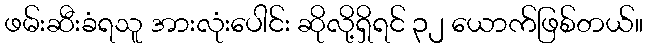
ဖမ်းဆီးခံရသူ အားလုံးပေါင်း ဆိုလို့ရှိရင် ၃၂ ယောက်ဖြစ်တယ်။